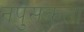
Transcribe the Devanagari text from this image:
नंपुसकता